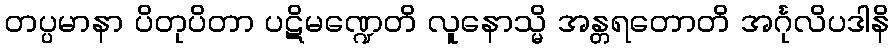
တပ္ပမာနာ ပိတုပိတာ ပဋိမဏ္ဍေတိ လူနောသ္မိ အန္တရတောတိ အင်္ဂုလိပဒါနိ